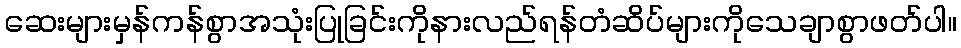
ဆေးများမှန်ကန်စွာအသုံးပြုခြင်းကိုနားလည်ရန်တံဆိပ်များကိုသေချာစွာဖတ်ပါ။